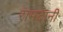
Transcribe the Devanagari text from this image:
रामदानी